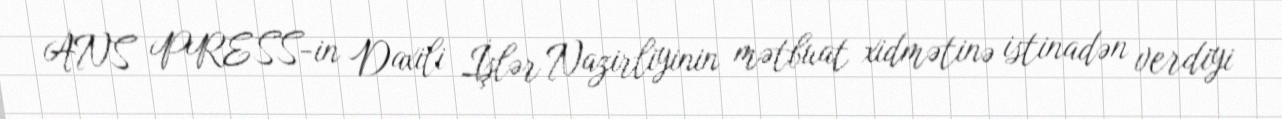
ANS PRESS-in Daxili İşlər Nazirliyinin mətbuat xidmətinə istinadən verdiyi